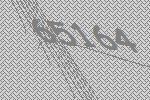
65164